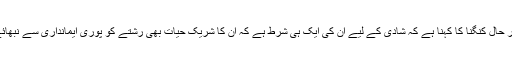
بحر حال کنگنا کا کہنا ہے کہ شادی کے لیے ان کی ایک ہی شرط ہے کہ ان کا شریکِ حیات بھی رشتے کو پوری ایمانداری سے نبھائے۔